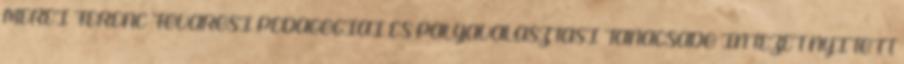
MÉREI FERENC FŐVÁROSI PEDAGÓGIAI ÉS PÁLYAVÁLASZTÁSI TANÁCSADÓ INTÉZET NYITOTT